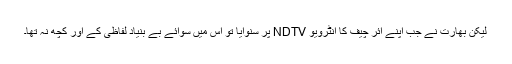
لیکن بھارت نے جب اپنے ائر چیف کا انٹرویو NDTV پر سنوایا تو اس میں سوائے بے بنیاد لفاظی کے اور کچھ نہ تھا۔